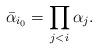
LaTeX: \begin{align*}\bar\alpha_{i_0}=\prod\limits_{j<i}\alpha_j.\end{align*}